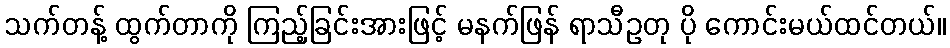
သက်တန့် ထွက်တာကို ကြည့်ခြင်းအားဖြင့် မနက်ဖြန် ရာသီဥတု ပို ကောင်းမယ်ထင်တယ်။